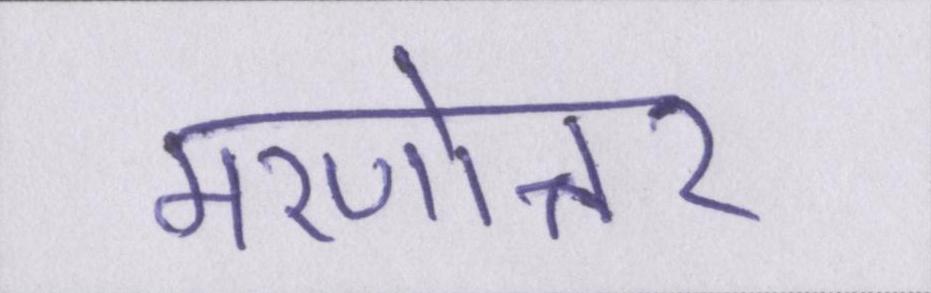
मरणोत्तर